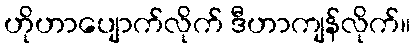
ဟိုဟာပျောက်လိုက် ဒီဟာကျန်လိုက်။